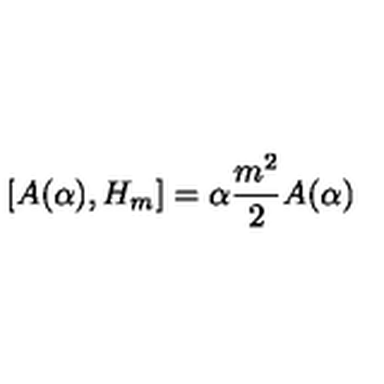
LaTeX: \left[ A ( \alpha ) , H _ { m } \right] = \alpha { \frac { m ^ { 2 } } { 2 } } A ( \alpha )